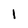
Character: l